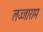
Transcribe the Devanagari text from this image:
लज्जाराम